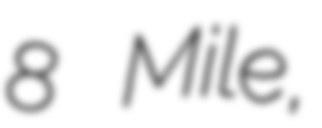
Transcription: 8 Mile,